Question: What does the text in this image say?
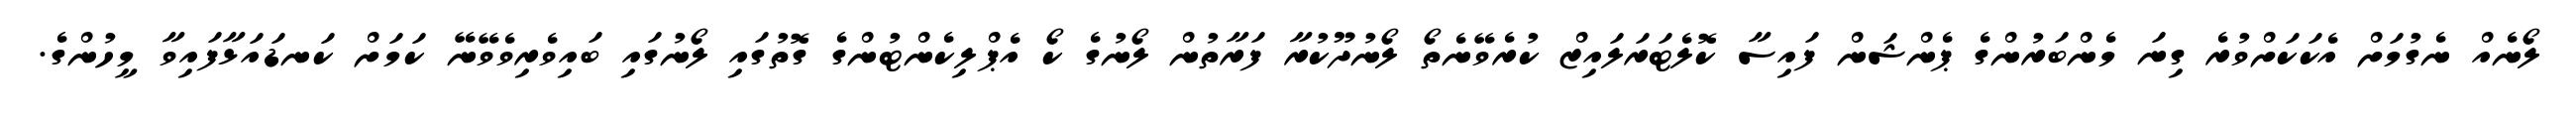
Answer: ލޯނެއް ނެގުމަށް އެކަކަށްވުރެ ގިނަ މެންބަރުންގެ ޕެންޝަން ފައިސާ ކޮލެޓަރަލައިޒް ކުރެވޭނެތޯ ލޯނުދޫކުރާ ފަރާތުން ލޯނުގެ ކޯ އެޕްލިކެންޓުންގެ ގޮތުގައި ލޯނުގައި ބައިވެރިވެވޭނޭ ކަމަށް ކަނޑައަޅާފައިވާ މީހުންގެ.